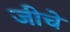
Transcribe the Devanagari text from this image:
जीचे